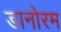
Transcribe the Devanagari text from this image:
डानोरम